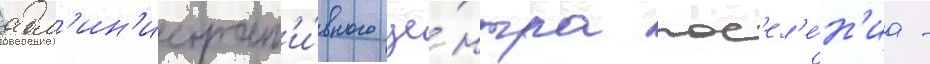
адм'ин'истрат'и́вного це́нтра пос'ел'е́н'иа -